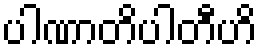
ပါဏာတိပါတီဟိ